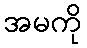
အမကို